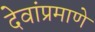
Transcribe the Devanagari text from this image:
देवांप्रमाणे